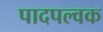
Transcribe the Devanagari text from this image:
पादपल्वक